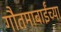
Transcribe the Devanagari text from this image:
गौतमाबाईंच्या